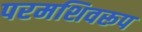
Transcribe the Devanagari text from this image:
परमशिवरूप